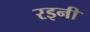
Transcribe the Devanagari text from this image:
रइनी